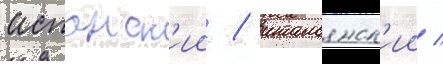
испанск'ии / итальянск'ии /